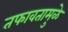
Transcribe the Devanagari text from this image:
तफावतामुळे